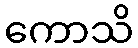
ကောသိ